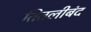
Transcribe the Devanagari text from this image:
तितलीबंद